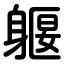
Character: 躽